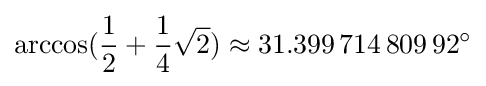
\arccos({\frac {1}{2}}+{\frac {1}{4}}{\sqrt {2}})\approx 31.399\,714\,809\,92^{\circ }